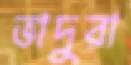
ভাদুরা